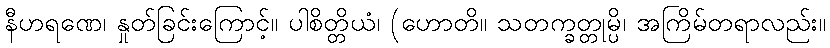
နီဟရဏေ၊ နှုတ်ခြင်းကြောင့်။ ပါစိတ္တိယံ၊ (ဟောတိ။ သတက္ခတ္တုမ္ပိ၊ အကြိမ်တရာလည်း။